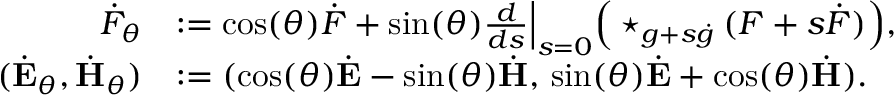
\begin{array} { r l } { \dot { F } _ { \theta } } & { : = \cos ( \theta ) \dot { F } + \sin ( \theta ) \frac { d } { d s } \Big \lvert _ { s = 0 } \Big ( \star _ { g + s \dot { g } } ( F + s \dot { F } ) \Big ) , } \\ { ( \dot { \mathbf { E } } _ { \theta } , \dot { \mathbf { H } } _ { \theta } ) } & { : = ( \cos ( \theta ) \dot { \mathbf { E } } - \sin ( \theta ) \dot { \mathbf { H } } , \, \sin ( \theta ) \dot { \mathbf { E } } + \cos ( \theta ) \dot { \mathbf { H } } ) . } \end{array}